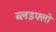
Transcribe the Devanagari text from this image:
ब्लडफ्लो